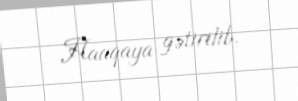
Haaqaya gətirilib.